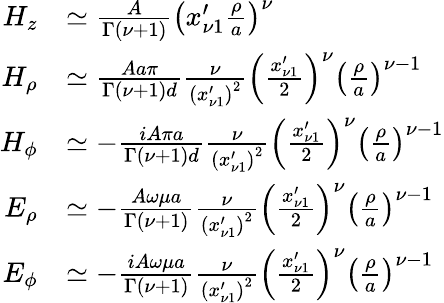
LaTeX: \begin{array}{rl}{H_{z}}&{\simeq\frac{A}{\Gamma\left(\nu+1\right)}\left(x_{\nu 1}^{\prime}\frac{\rho}{a}\right)^{\nu}}\\ {H_{\rho}}&{\simeq\frac{Aa\pi}{\Gamma\left(\nu+1\right)d}\frac{\nu}{\left(x_{\nu 1}^{\prime}\right)^{2}}\left(\frac{x_{\nu 1}^{\prime}}{2}\right)^{\nu}\left(\frac{\rho}{a}\right)^{\nu-1}}\\ {H_{\phi}}&{\simeq-\frac{iA\pi a}{\Gamma(\nu+1)d}\frac{\nu}{\left(x_{\nu 1}^{\prime}\right)^{2}}\left(\frac{x_{\nu 1}^{\prime}}{2}\right)^{\nu}\left(\frac{\rho}{a}\right)^{\nu-1}}\\ {E_{\rho}}&{\simeq-\frac{A\omega\mu a}{\Gamma(\nu+1)}\frac{\nu}{\left(x_{\nu 1}^{\prime}\right)^{2}}\left(\frac{x_{\nu 1}^{\prime}}{2}\right)^{\nu}\left(\frac{\rho}{a}\right)^{\nu-1}}\\ {E_{\phi}}&{\simeq-\frac{iA\omega\mu a}{\Gamma(\nu+1)}\frac{\nu}{\left(x_{\nu 1}^{\prime}\right)^{2}}\left(\frac{x_{\nu 1}^{\prime}}{2}\right)^{\nu}\left(\frac{\rho}{a}\right)^{\nu-1}}\end{array}